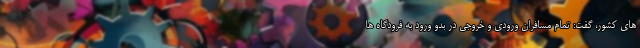
های کشور، گفت: تمام مسافران ورودی و خروجی در بدو ورود به فرودگاه ها